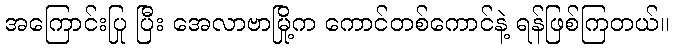
အကြောင်းပြု ပြီး အေလာဗာမြို့က ကောင်တစ်ကောင်နဲ့ ရန်ဖြစ်ကြတယ်။